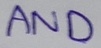
Text: AND